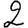
Digit: 2